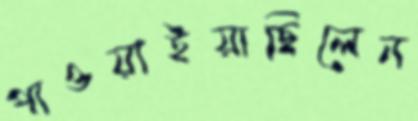
পাওয়াইয়াছিলেন